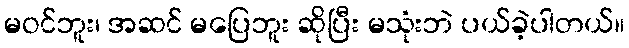
မဝင်ဘူး၊ အဆင် မပြေဘူး ဆိုပြီး မသုံးဘဲ ပယ်ခဲ့ပါတယ်။